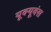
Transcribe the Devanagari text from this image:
यूक्यूवंस